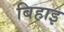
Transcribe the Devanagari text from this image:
बिहाइ